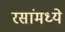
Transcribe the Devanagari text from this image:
रसांमध्ये